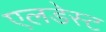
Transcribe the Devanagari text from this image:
एलडेस्ट